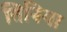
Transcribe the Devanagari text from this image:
तिनिया